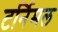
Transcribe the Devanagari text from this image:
टर्निमल